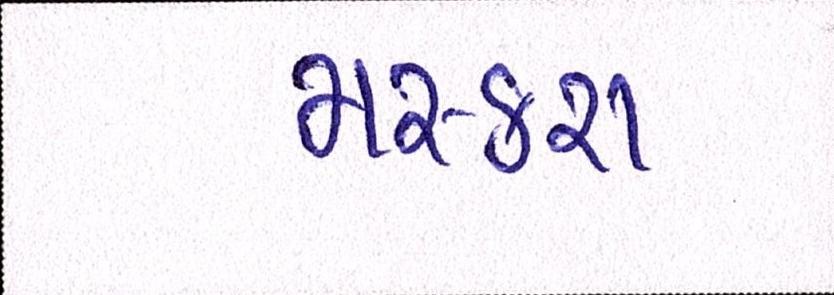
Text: મસ્કરા